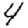
Digit: 4